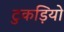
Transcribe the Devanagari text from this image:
टुकड़ियो